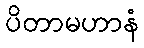
ပိတာမဟာနံ